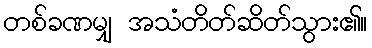
တစ်ခဏမျှ အသံတိတ်ဆိတ်သွား၏။